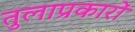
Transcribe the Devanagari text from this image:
तुलाप्रकारों